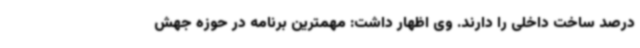
درصد ساخت داخلی را دارند. وی اظهار داشت: مهمترین برنامه‌ در حوزه جهش